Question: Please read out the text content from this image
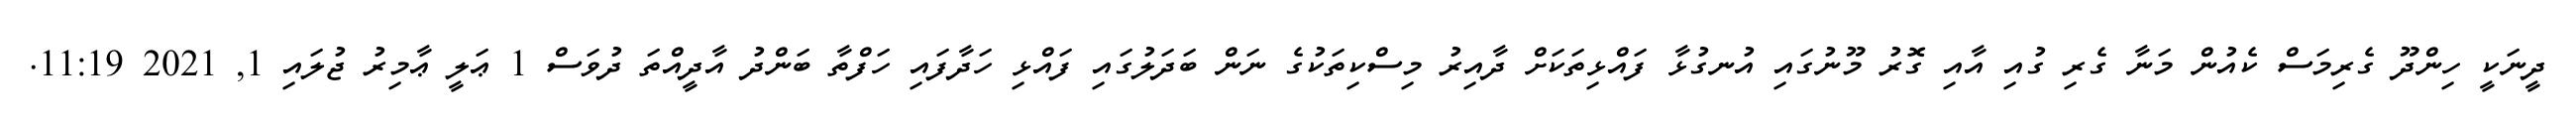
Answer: ދީނަކީ ހިންދޫ ގެރިމަސް ކެއުން މަނާ ގެރި ގުއި އާއި ގޮރު މޫނުގައި އުނގުޅާ ފައްޅިތަކަށް ދާއިރު މިސްކިތަކުގެ ނަން ބަދަލުގައި ފައްޅި ހަދާފައި ހަފްތާ ބަންދު އާދީއްތަ ދުވަސް 1 ޢަލީ ޢާމިރު ޖުލައި 1, 2021 11:19.